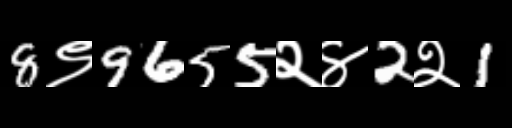
Text: 8९9655२४2२1